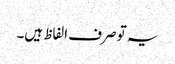
یہ تو صرف الفاظ ہیں۔